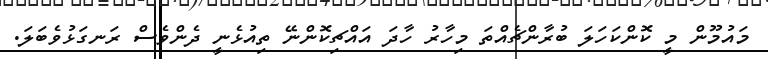
މައުމޫން މީ ކޮންކަހަލަ ބުރާންޗެއްތަ މިހާރު ހާދަ އައްޗިކޮންނޭ ތިއުޅެނީ ދެންވެސް ރަނގަޅުވެބަލަ.